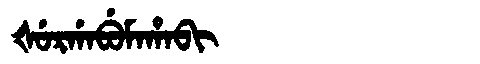
Manchu: ᡧᡠᡵᡤᠠᠪᡠᠮᠠᡥᠠᠪᡳ
Romanization: ŠURGABUMAHABI